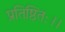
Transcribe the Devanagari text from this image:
प्रतिष्ठितः।।